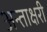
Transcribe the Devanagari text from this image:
अन्ताक्षरी